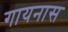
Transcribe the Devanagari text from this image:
गायनास